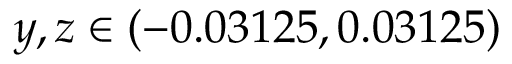
y , z \in ( - 0 . 0 3 1 2 5 , 0 . 0 3 1 2 5 )